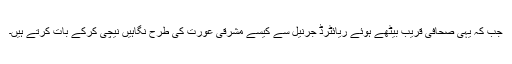
جب کہ یہی صحافی قریب بیٹھے ہوئے ریائٹرڈ جرنیل سے کیسے مشرقی عورت کی طرح نگاہیں نیچی کرکے بات کرتے ہیں۔